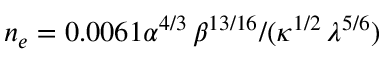
n _ { e } = 0 . 0 0 6 1 \alpha ^ { 4 / 3 } \, \beta ^ { 1 3 / 1 6 } / ( \kappa ^ { 1 / 2 } \, \lambda ^ { 5 / 6 } )